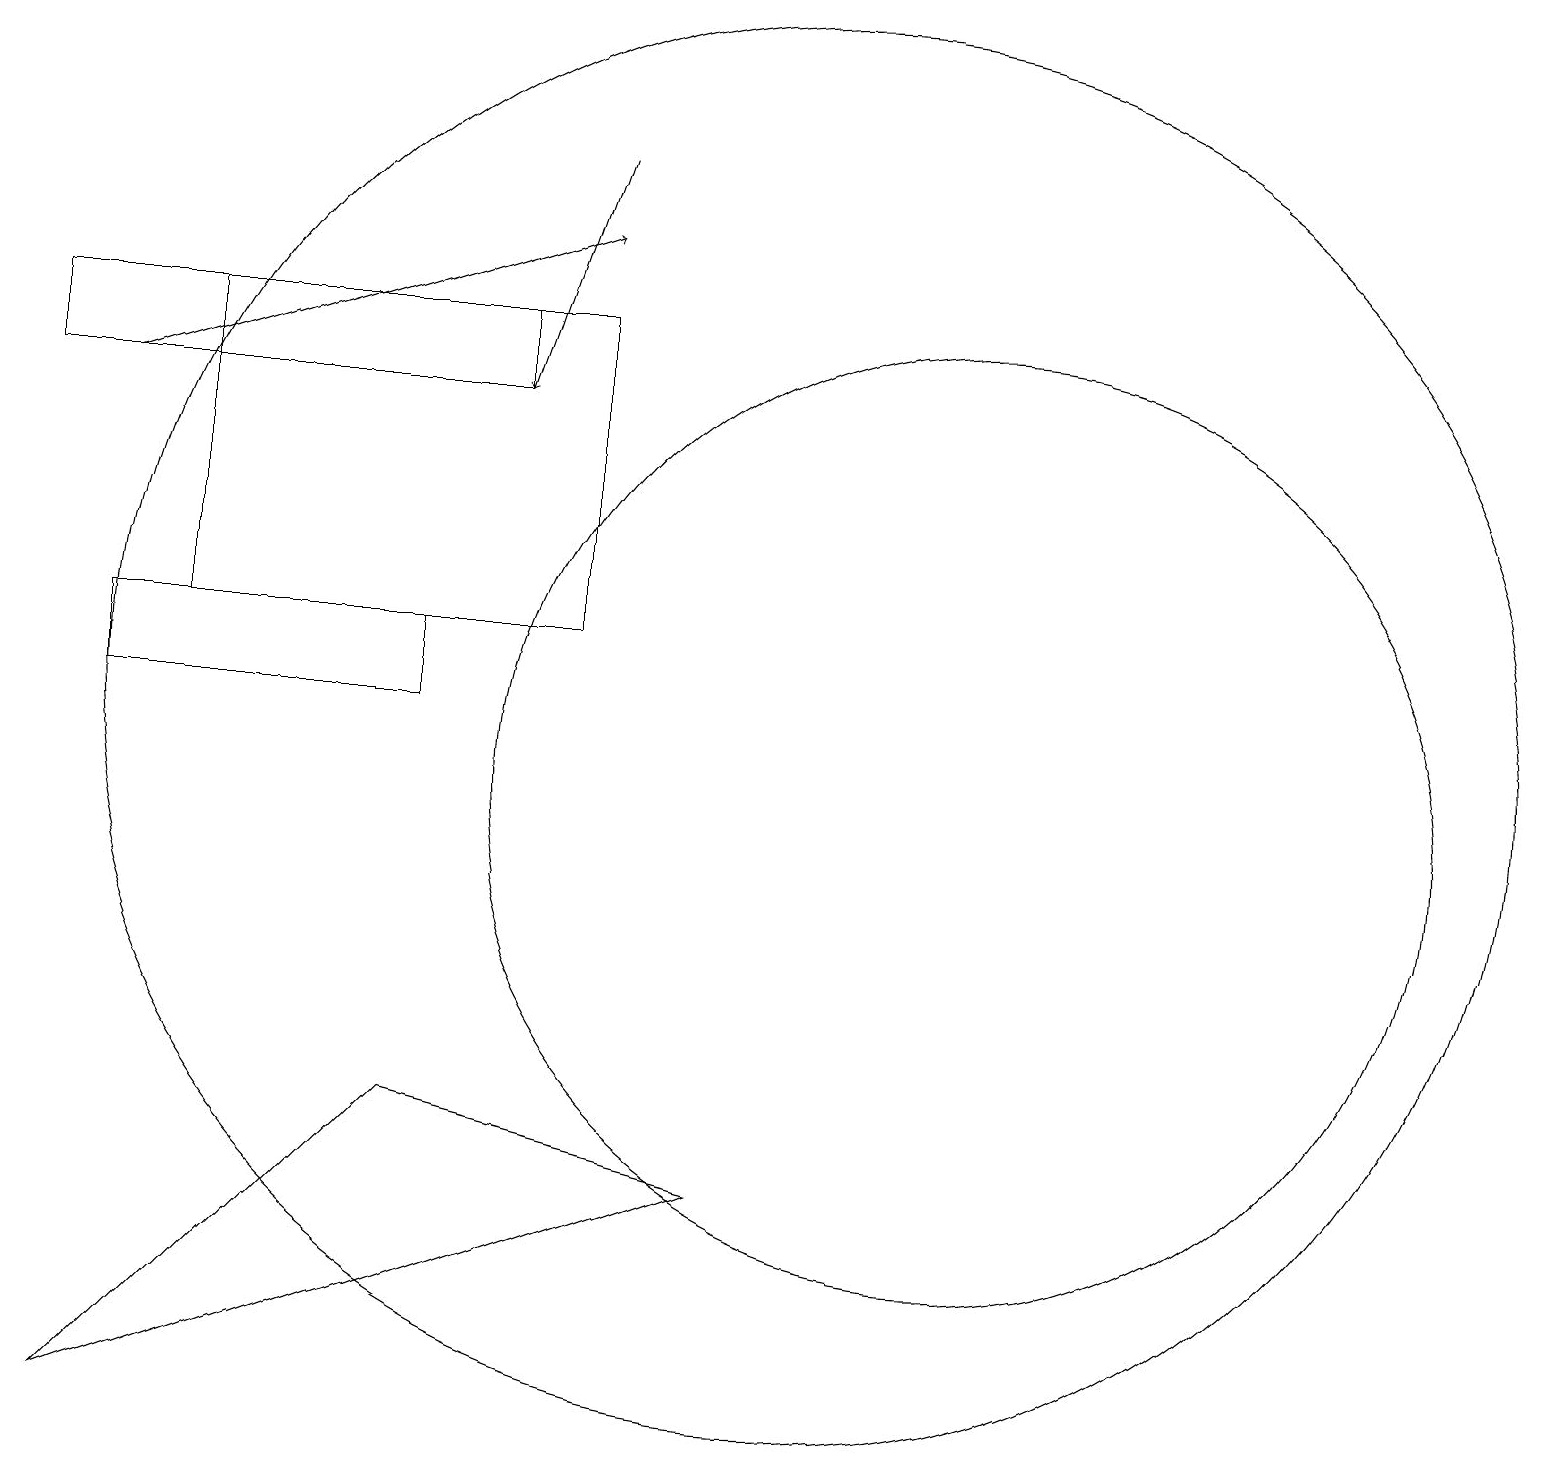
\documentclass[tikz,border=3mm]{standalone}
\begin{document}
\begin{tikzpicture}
\draw (1,2) -- (5,6) -- (9,5) -- cycle;
\draw[->] (1,15) -- (7,17);
\draw (5,11) rectangle (1,12);
\draw (6,16) rectangle (0,15);
\draw (12,10) circle (6);
\draw (10,11) circle (9);
\draw (2,12) rectangle (7,16);
\draw[->] (7,18) -- (6,15);
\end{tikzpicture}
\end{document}